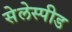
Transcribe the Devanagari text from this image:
सेलेस्पीड